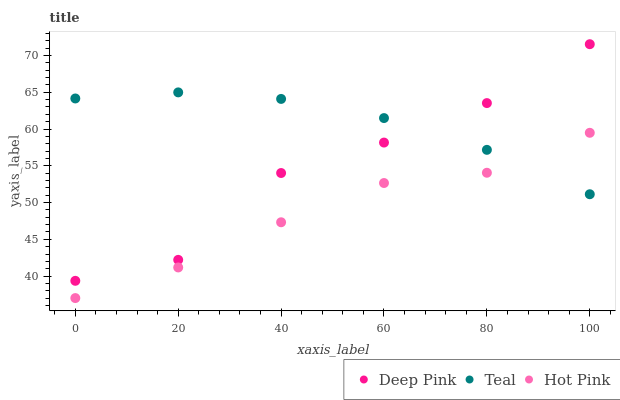
| xaxis_label | Deep Pink | Teal | Hot Pink |
 | --- | --- | --- | --- |
 | 0 | 39.4 | 64.2 | 37 |
 | 20 | 42.2 | 65 | 41.2 |
 | 40 | 54 | 64.1 | 47.3 |
 | 60 | 58.2 | 61.5 | 52.7 |
 | 80 | 63.5 | 57.2 | 54.1 |
 | 100 | 71.5 | 51.1 | 59.5 |